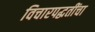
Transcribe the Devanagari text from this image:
विचारपद्धतींचा